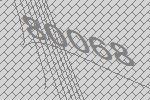
80068